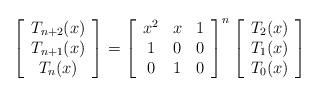
LaTeX: \begin{align*}\left[ \begin{array}{c}T_{n+2}(x) \\ T_{n+1}(x) \\ T_{n}(x)\end{array}\right]=\left[ \begin{array}{ccc}x^{2} & x & 1 \\ 1 & 0 & 0 \\ 0 & 1 & 0\end{array}\right]^{n}\left[ \begin{array}{c}T_{2}(x) \\ T_{1}(x) \\ T_{0}(x)\end{array}\right]\end{align*}